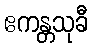
ဧကန္တသုခီ